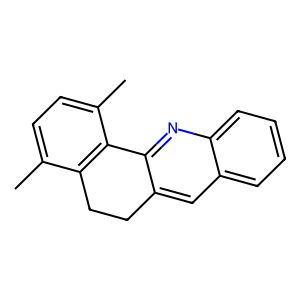
SMILES: Cc1ccc(C)c2c1CCc1cc3ccccc3nc1-2
Inhibits HIV replication: No